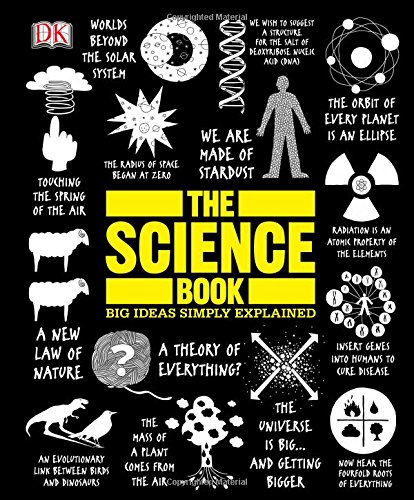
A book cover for The Science Book (Big Ideas Simply Explained); DK; Science & Math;